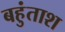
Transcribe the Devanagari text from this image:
बहुंताश